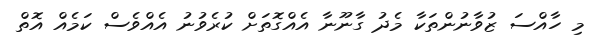
މި ހާއްސަ ޒުވާނުންތަކާ މެދު ގާނޫނާ އެއްގޮތަށް ކުރެވުނު އެއްވެސް ކަމެއް އޮތް